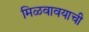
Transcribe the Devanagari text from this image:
मिळवावयाची